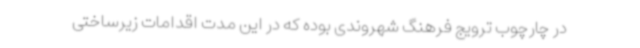
در چارچوب ترویج فرهنگ شهروندی بوده که در این مدت اقدامات زیرساختی